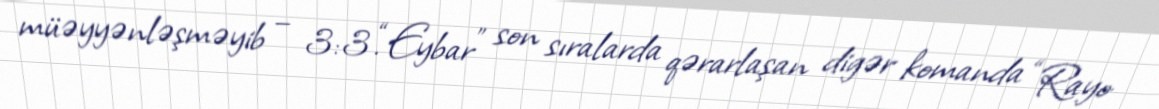
müəyyənləşməyib – 3:3.“Eybar” son sıralarda qərarlaşan digər komanda “Rayo